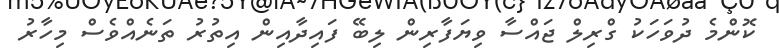
ކޮންމެ ދުވަހަކު ގްރިލް ޖައްސާ ވިޔަފާރިން ލިބޭ ފައިދާއިން އިތުރު ތަނެއްވެސް މިހާރު